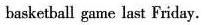
basketball game last Friday.